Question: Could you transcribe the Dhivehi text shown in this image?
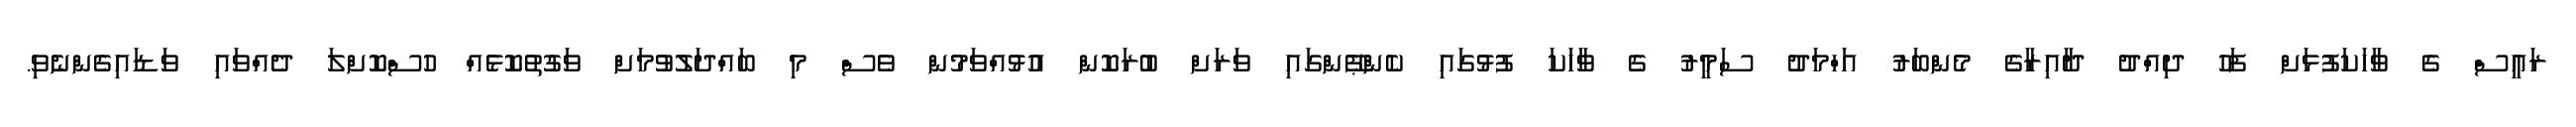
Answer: ރައީސް ގެ ވާހަކަފުޅަށް ފަހު ދިއްދު ދާއިރާގެ މެންބަރު އަހްމަދު ސަމީރު ގެ ވާހަކަ ފުޅުގައި ކެންޕޭންގައި ވަރަށް ބުރަކޮން އުޅުއްވަމުން ވެސް މި ބައްދަލުވުމަށް ވަގުތުކޮޅެއް ހުސްކޮށްލަ ދެއްވައި ވަޑައިގެންނެވި.